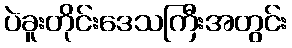
ပဲခူးတိုင်းဒေသကြီးအတွင်း